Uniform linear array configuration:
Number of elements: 16
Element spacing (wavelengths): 0.5
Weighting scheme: cosine
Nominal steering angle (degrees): -30
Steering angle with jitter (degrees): -30.35
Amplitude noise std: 0.05
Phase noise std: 0.05

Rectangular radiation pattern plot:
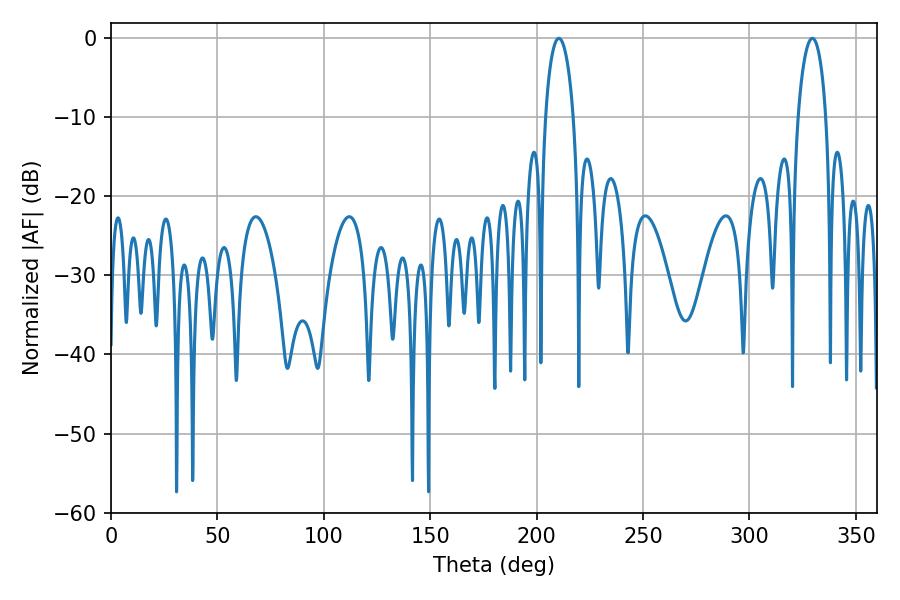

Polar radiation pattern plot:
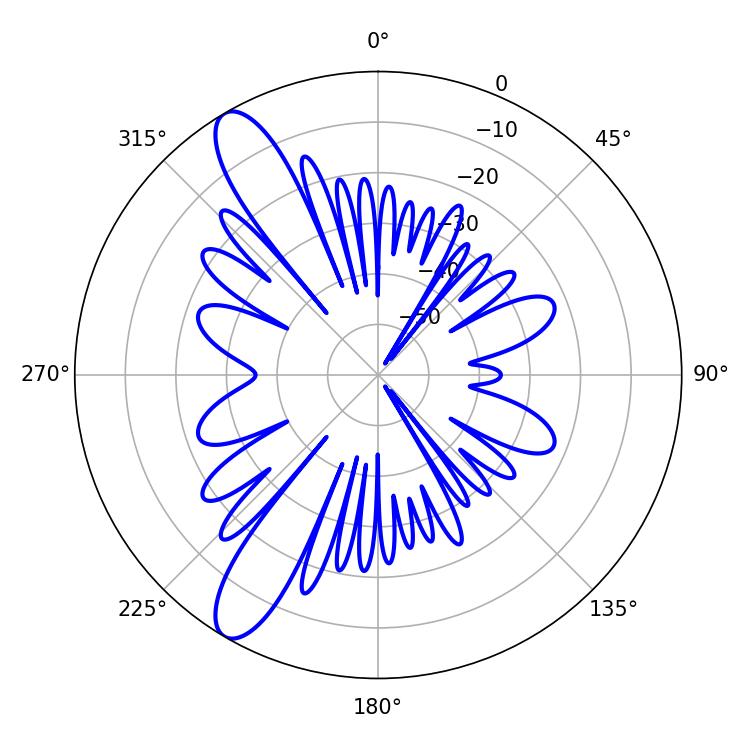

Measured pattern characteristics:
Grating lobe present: FALSE
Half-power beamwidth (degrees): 7.38
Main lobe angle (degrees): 210.42